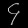
Digit: ၄